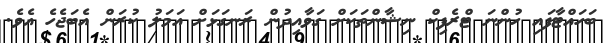
ބަހައްޓާފައި ހުންނަ ޓްރެފިކް ނިޝާންތަކަށް ގަވާއިދުން ރަނގަޅަށް އަމަލު ކުރަން އެބަޖެހެ އެވެ.